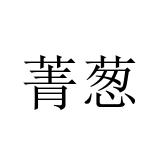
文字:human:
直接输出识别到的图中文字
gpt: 菁葱